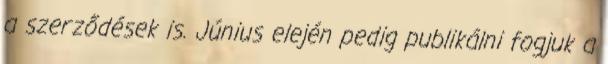
a szerződések is. Június elején pedig publikálni fogjuk a